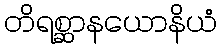
တိရစ္ဆာနယောနိယံ